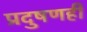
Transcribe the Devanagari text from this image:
प्रदुषणही